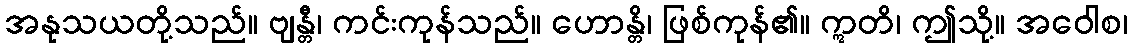
အနုသယတို့သည်။ ဗျန္တီ၊ ကင်းကုန်သည်။ ဟောန္တိ၊ ဖြစ်ကုန်၏။ ဣတိ၊ ဤသို့။ အဝေါစ၊